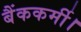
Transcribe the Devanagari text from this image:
बैंककर्मी।